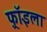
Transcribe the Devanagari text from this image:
फ़्रॉइला